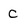
Character: C